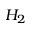
H _ { 2 }